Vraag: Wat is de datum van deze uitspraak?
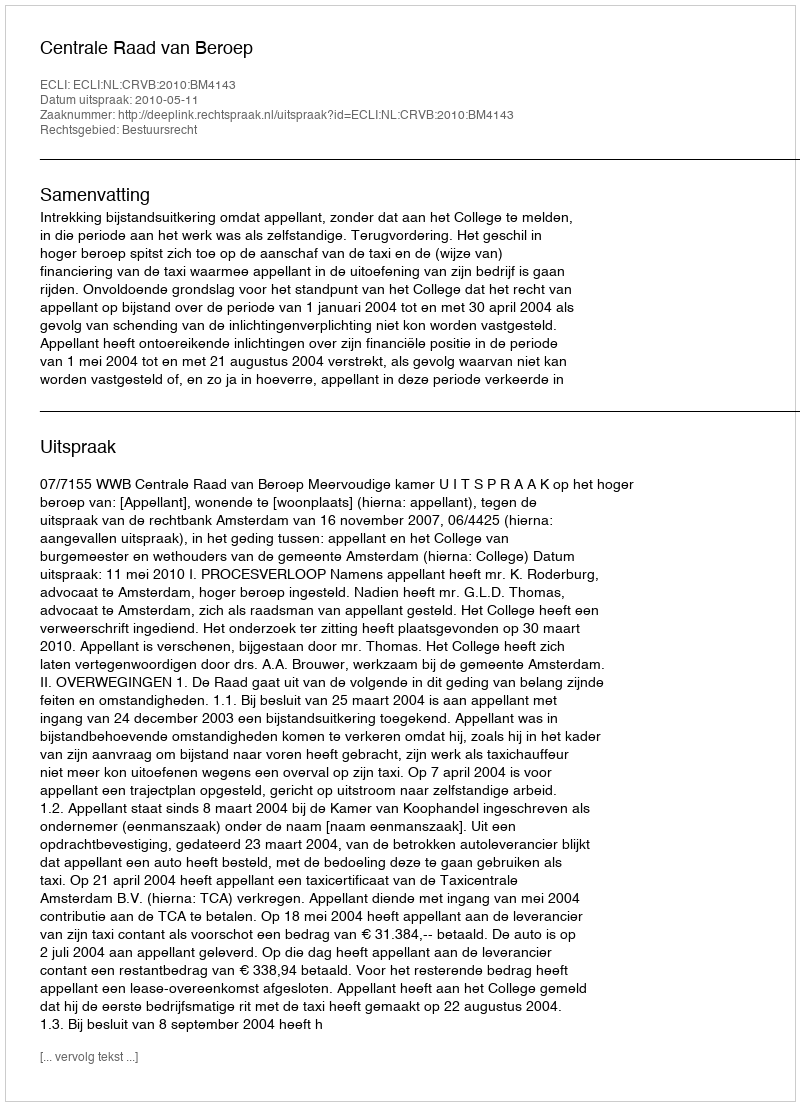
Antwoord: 2010-05-11